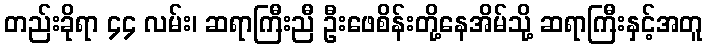
တည်းခိုရာ ၄၄ လမ်း၊ ဆရာကြီးညီ ဦးဖေစိန်းတို့နေအိမ်သို့ ဆရာကြီးနှင့်အတူ